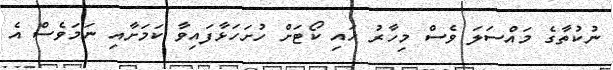
ނުކުތާގެ މައްސަލަ ވެސް މިހާރު ހައި ކޯޓަށް ހުށަހަޅާފައިވާ ކަމަށާއި ނަމަވެސް އެ